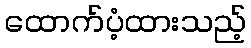
ထောက်ပံ့ထားသည့်